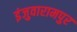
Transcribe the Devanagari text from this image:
इंजुवारामपुर